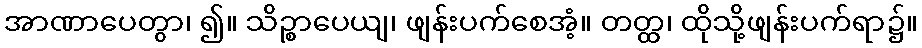
အာဏာပေတွာ၊ ၍။ သိဉ္စာပေယျ၊ ဖျန်းပက်စေအံ့။ တတ္ထ၊ ထိုသို့ဖျန်းပက်ရာ၌။